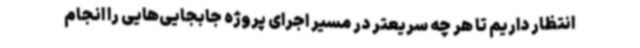
انتظار داریم تا هر چه سریعتر در مسیر اجرای پروژه جابجایی‌هایی را انجام